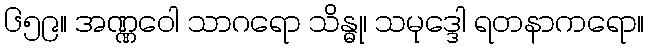
၆၅၉။ အဏ္ဏဝေါ သာဂရော သိန္ဓု၊ သမုဒ္ဒေါ ရတနာကရော။